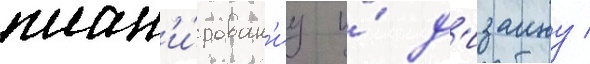
план'и́рован'иу и́ д'изаину /